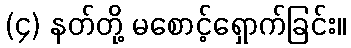
(၄) နတ်တို့ မစောင့်ရှောက်ခြင်း။